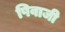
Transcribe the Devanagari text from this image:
षिवाजी